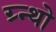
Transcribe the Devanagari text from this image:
ग्र्न्थो